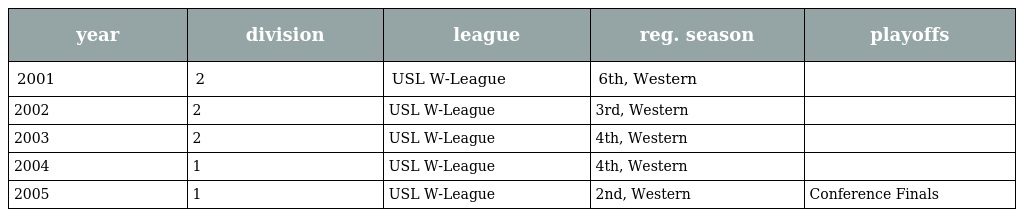
| year | division | league | reg. season | playoffs |
 | --- | --- | --- | --- | --- |
 | 2001 | 2 | USL W-League | 6th, Western |  |
 | 2002 | 2 | USL W-League | 3rd, Western |  |
 | 2003 | 2 | USL W-League | 4th, Western |  |
 | 2004 | 1 | USL W-League | 4th, Western |  |
 | 2005 | 1 | USL W-League | 2nd, Western | Conference Finals |